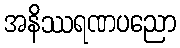
အနိဿရဏပညော